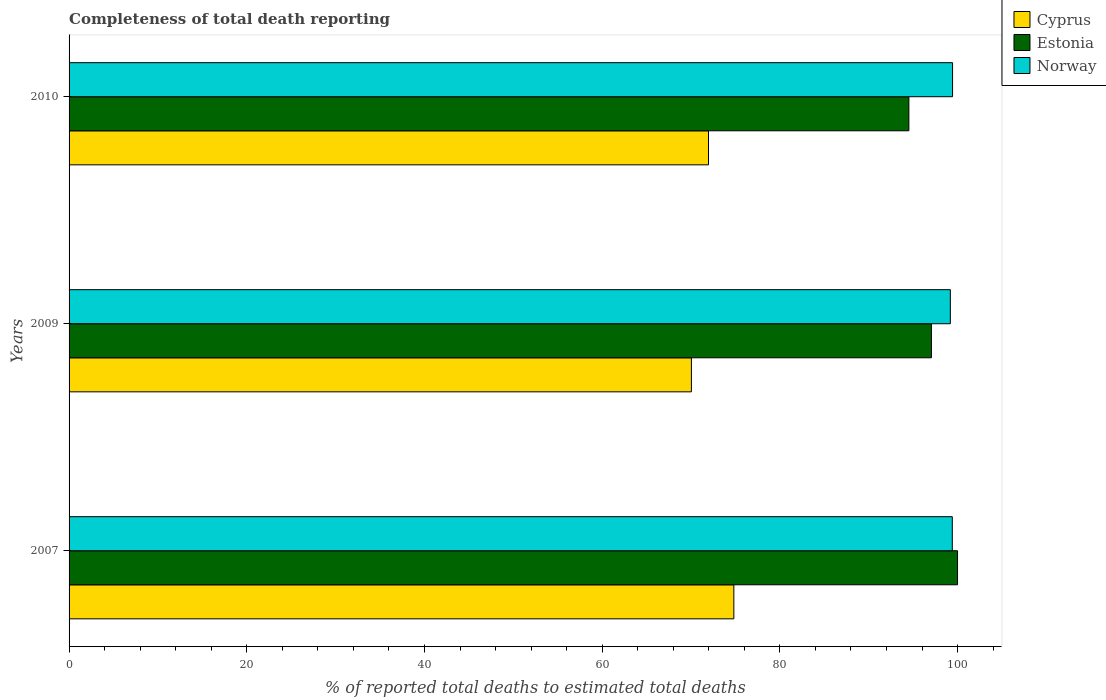
| Years | Cyprus | Estonia | Norway |
 | --- | --- | --- | --- |
 | 2007 | 74.8 | 100 | 99.4 |
 | 2009 | 70 | 97.1 | 99.2 |
 | 2010 | 72 | 94.5 | 99.4 |